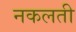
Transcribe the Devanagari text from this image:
नकलती